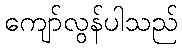
ကျော်လွန်ပါသည်